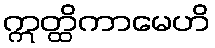
ဣတ္ထိကာမေဟိ